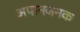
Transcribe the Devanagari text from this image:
अपानजनक